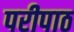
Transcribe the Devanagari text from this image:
परीपाठ